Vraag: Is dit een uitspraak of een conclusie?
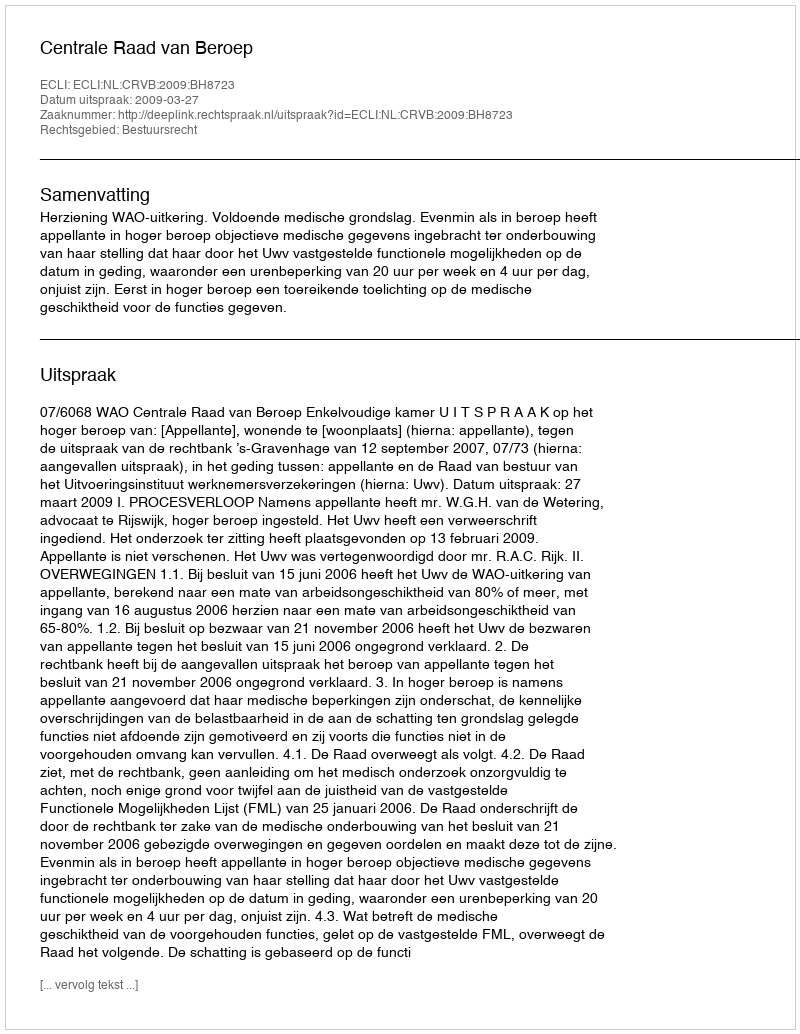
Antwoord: Uitspraak